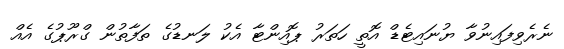
ނެރެވިފައިނުވާ ޔުނައިޓެޑް އޮތީ ހަތަރު ޕޮއިންޓާ އެކު ލަނޑުގެ ތަފާތުން ގްރޫޕުގެ އެއް